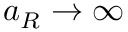
a _ { R } \rightarrow \infty